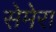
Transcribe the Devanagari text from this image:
सेमेरा